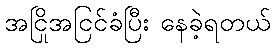
အငြိုအငြင်ခံပြီး နေခဲ့ရတယ်